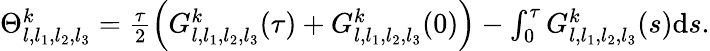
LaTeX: \begin{array}{r}{\Theta_{l,l_{1},l_{2},l_{3}}^{k}=\frac{\tau}{2}\left({G}_{l,l_{1},l_{2},l_{3}}^{k}(\tau)+{G}_{l,l_{1},l_{2},l_{3}}^{k}(0)\right)-\int_{0}^{\tau}G_{l,l_{1},l_{2},l_{3}}^{k}(s)\textrm{d}s.}\end{array}